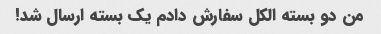
من دو بسته الکل سفارش دادم یک بسته ارسال شد!